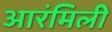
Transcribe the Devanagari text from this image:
आरंमिली